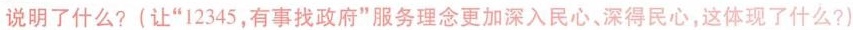
说明了什么?(让”12345，有事找政府”服务理念更加深入民心、深得民心，这体现了什么?)